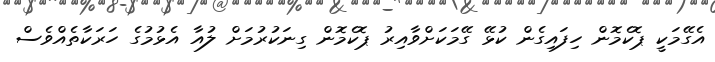
އެގޭމަކީ ޕޮކެމޮން ހިފައިގެން ކުޅޭ ގޭމަކަށްވާއިރު ޕޮކެމޮން ގިނަކުރުމަށް ލުއާ އެޅުމުގެ ހަރަކާތެއްވެސް